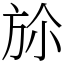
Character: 㫆